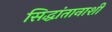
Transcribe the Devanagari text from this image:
सिद्धांतानाशी